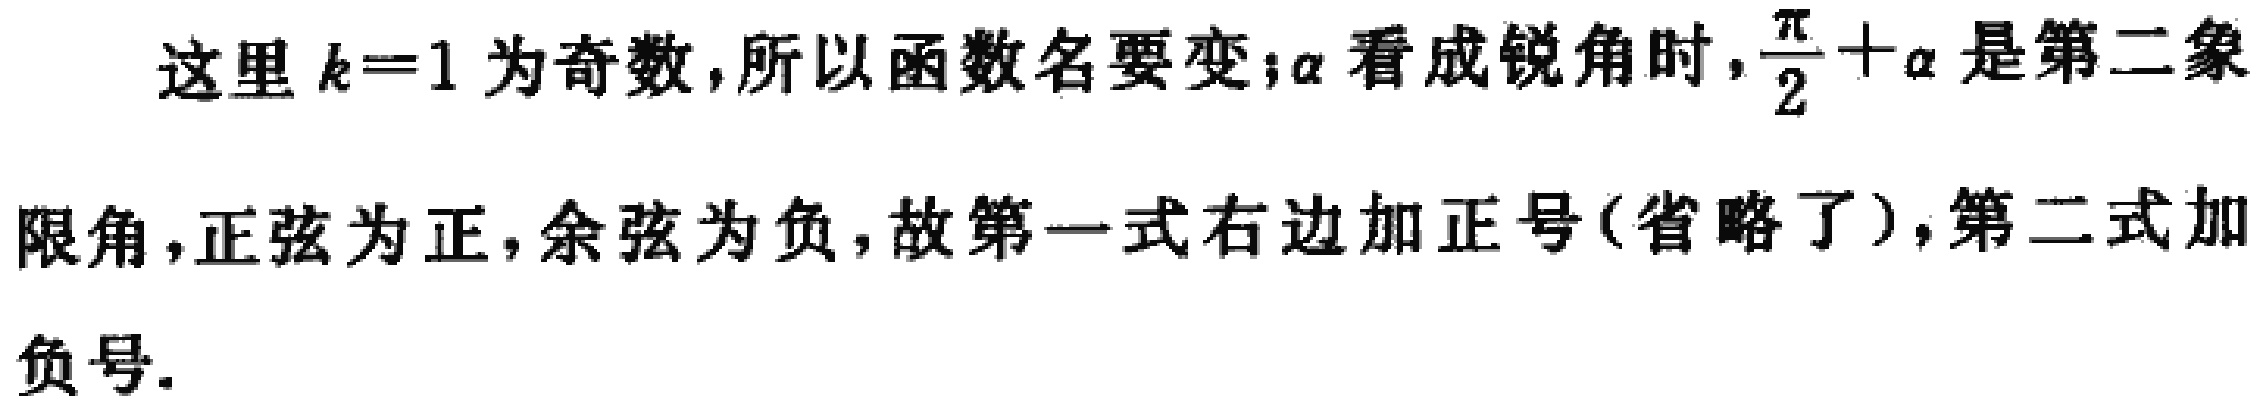
这里 \(k = 1\) 为奇数,所以函数名要变;\(\alpha\) 看成锐角时，\(\frac{\pi}{2}+\alpha\) 是第二象限角，正弦为正，余弦为负，故第一式右边加正号(省略了)，第二式加负号.